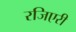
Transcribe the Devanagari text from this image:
रजिएरी